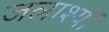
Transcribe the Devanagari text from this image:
जलाश्यों